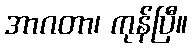
အာဂတာ၊ ကုန်ပြီ။